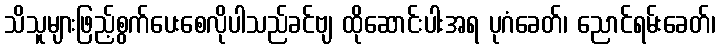
သိသူများဖြည့်စွက်ပေးစေလိုပါသည်ခင်ဗျ ထိုဆောင်းပါးအရ ပုဂံခေတ်၊ ညောင်ရမ်းခေတ်၊